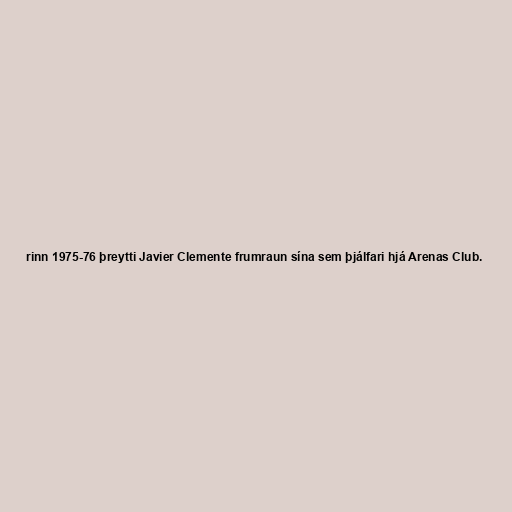
rinn 1975-76 þreytti Javier Clemente frumraun sína sem þjálfari hjá Arenas Club.